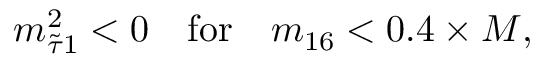
m _ { \tilde { \tau } 1 } ^ { 2 } < 0 \quad \mathrm { f o r } \quad m _ { 1 6 } < 0 . 4 \times M ,